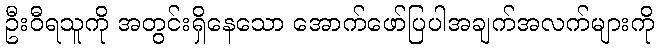
ဦးဝီရသူကို အတွင်းရှိနေသော အောက်ဖော်ပြပါအချက်အလက်များကို